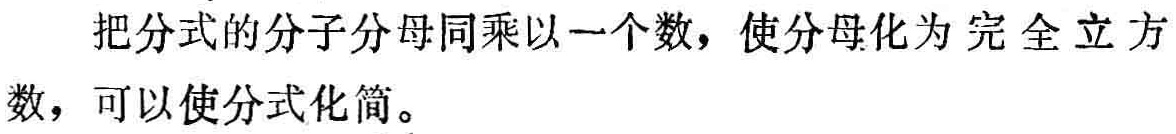
把分式的分子分母同乘以一个数，使分母化为完全立方数，可以使分式化简。